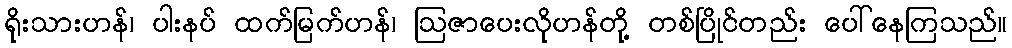
ရိုးသားဟန်၊ ပါးနပ် ထက်မြက်ဟန်၊ ဩဇာပေးလိုဟန်တို့ တစ်ပြိုင်တည်း ပေါ်နေကြသည်။